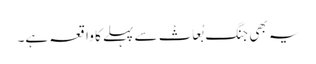
یہ بھی جنگ بُعَاثْ سے پہلے کا واقعہ ہے۔